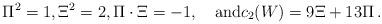
LaTeX: \begin{align*}\Pi^2 = 1,\Xi^2 = 2, \Pi\cdot\Xi = -1,\quad\mbox{and}c_2(W)=9\Xi+13\Pi\,.\end{align*}